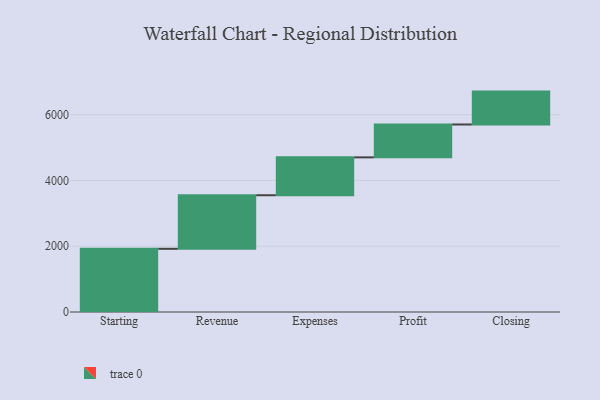
{"axis": {"x": "Step", "y": "Value"}, "legend": [""], "data": [{"x": "Starting", "y": 1922.0, "type": ""}, {"x": "Revenue", "y": 1629.0, "type": ""}, {"x": "Expenses", "y": 1152.0, "type": ""}, {"x": "Profit", "y": 1000, "type": ""}, {"x": "Closing", "y": 1000, "type": ""}]}